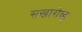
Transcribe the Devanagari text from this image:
सखारोव्ह